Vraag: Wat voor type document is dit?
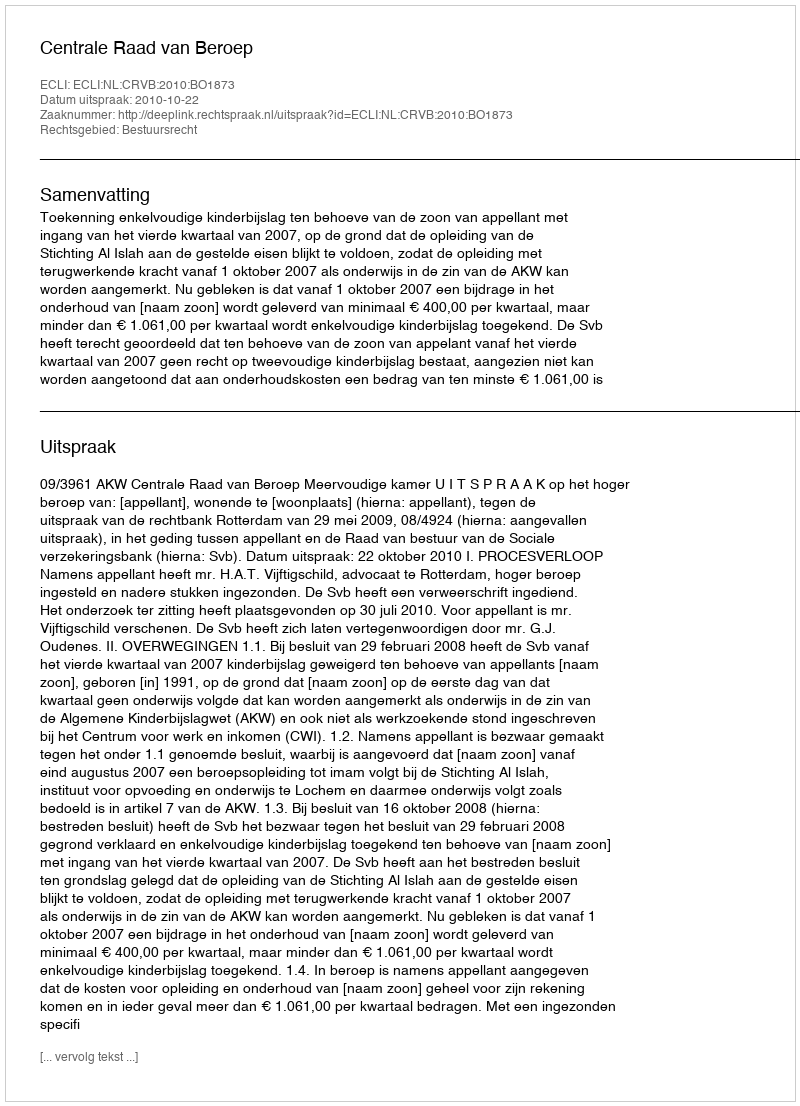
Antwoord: Uitspraak